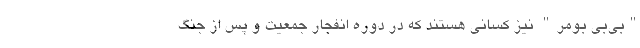
"بی‌بی بومر" نیز کسانی هستند که در دورهٔ انفجار جمعیت و پس از جنگ